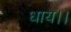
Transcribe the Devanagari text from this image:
धाय।।